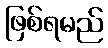
ဖြစ်ရမည်